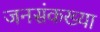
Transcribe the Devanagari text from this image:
जनसंकख्या